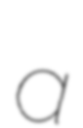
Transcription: a